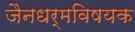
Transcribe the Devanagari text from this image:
जैनधर्मविषयक